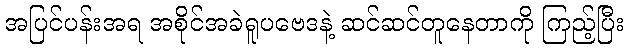
အပြင်ပန်းအရ အစိုင်အခဲရူပဗေဒနဲ့ ဆင်ဆင်တူနေတာကို ကြည့်ပြီး